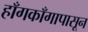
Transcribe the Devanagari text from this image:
हाँगकाँगापासून